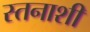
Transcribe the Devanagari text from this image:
स्तनाशी